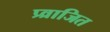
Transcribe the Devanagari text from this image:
प्र्व्राजित